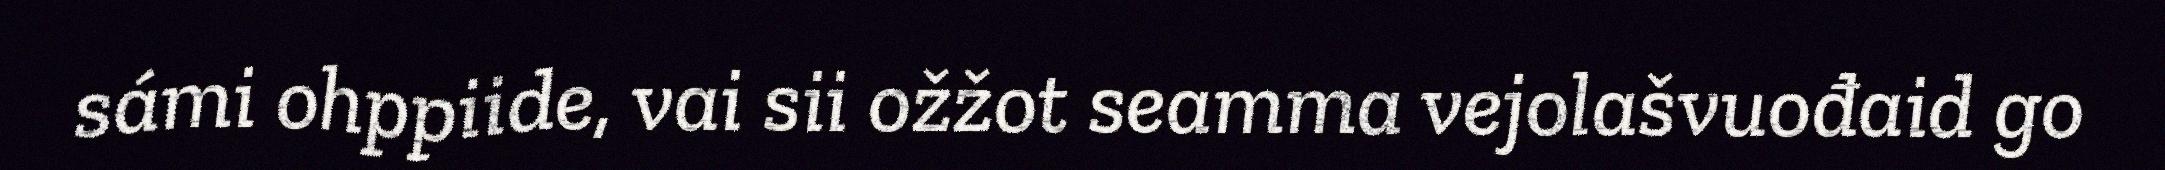
sámi ohppiide, vai sii ožžot seamma vejolašvuođaid go